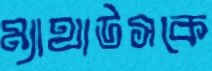
ম্যাথাউসকে